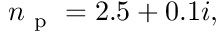
n _ { \mathrm { ~ p ~ } } = 2 . 5 + 0 . 1 i ,